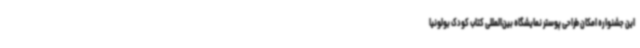
این جشنواره امکان طراحی پوستر نمایشگاه بین‌المللی کتاب کودک بولونیا